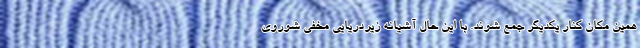
همین مکان کنار یکدیگر جمع شوند. با این حال آشیانه زیردریایی مخفی شوروی